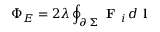
\Phi _ { E } = 2 \lambda \oint _ { \scriptstyle \partial \, \Sigma } \textbf { F } _ { i } \, d \textbf { l }